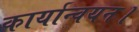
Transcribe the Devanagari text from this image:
कार्यान्वयन।